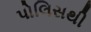
પોલિસથી